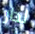
لدار